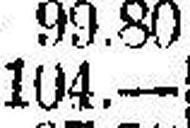
104.—